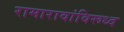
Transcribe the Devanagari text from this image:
रामारावांविरूध्द